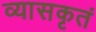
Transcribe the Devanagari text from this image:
व्यासकृतं